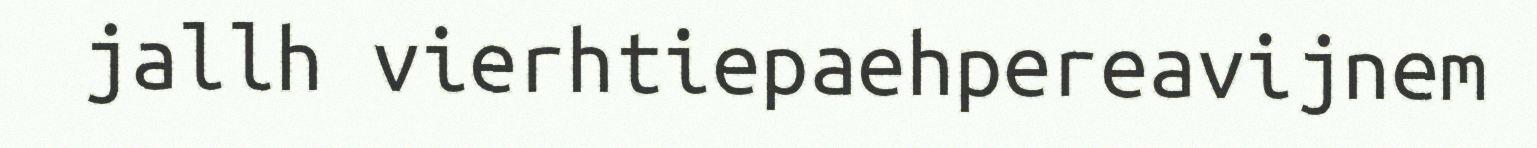
jallh vierhtiepaehpereavijnem